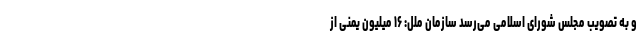
و به تصویب مجلس شورای اسلامی می‌رسد سازمان ملل: ۱۶ میلیون یمنی از